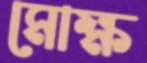
মোক্ষ